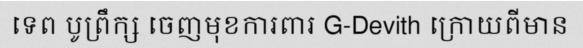
ទេព បូព្រឹក្ស ចេញមុខការពារ G-Devith ក្រោយពីមាន